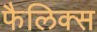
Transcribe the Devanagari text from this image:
फैलिक्स